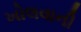
ખોલવાની